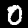
Label: 0